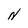
Character: N